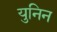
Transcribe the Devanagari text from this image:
युनिन